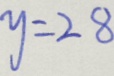
y = 2 8